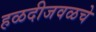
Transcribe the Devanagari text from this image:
हळदीजवळचे